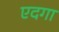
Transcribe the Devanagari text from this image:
एदगा